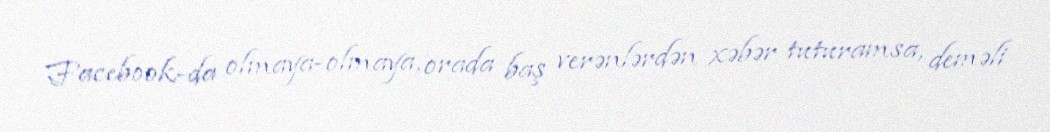
Facebook-da olmaya-olmaya, orada baş verənlərdən xəbər tuturamsa, deməli